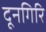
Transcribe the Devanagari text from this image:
दूनगिरि